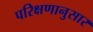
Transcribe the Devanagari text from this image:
परिक्षणानुसार